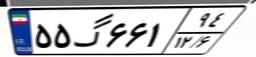
۵۵گ۶۶۱۹۴